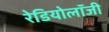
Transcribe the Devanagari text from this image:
रेडियोलॉंजी